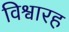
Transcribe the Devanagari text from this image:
विश्वारह